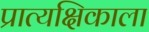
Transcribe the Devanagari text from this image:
प्रात्यक्षिकाला